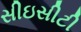
સીઇસીટી